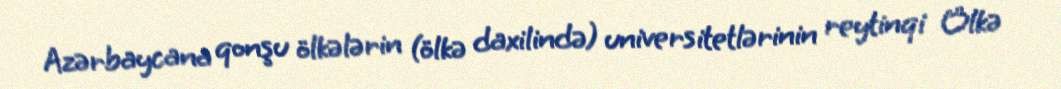
Azərbaycana qonşu ölkələrin (ölkə daxilində) universitetlərinin reytinqi Ölkə